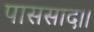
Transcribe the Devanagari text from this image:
पाससाद।।